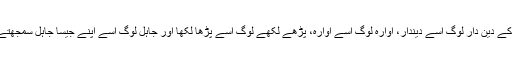
گائوں کے دین دار لوگ اسے دیندار، آوارہ لوگ اسے آوارہ، پڑھے لکھے لوگ اُسے پڑھا لکھا اور جاہل لوگ اسے اپنے جیسا جاہل سمجھتے تھے۔